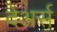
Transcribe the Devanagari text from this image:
देअर्स